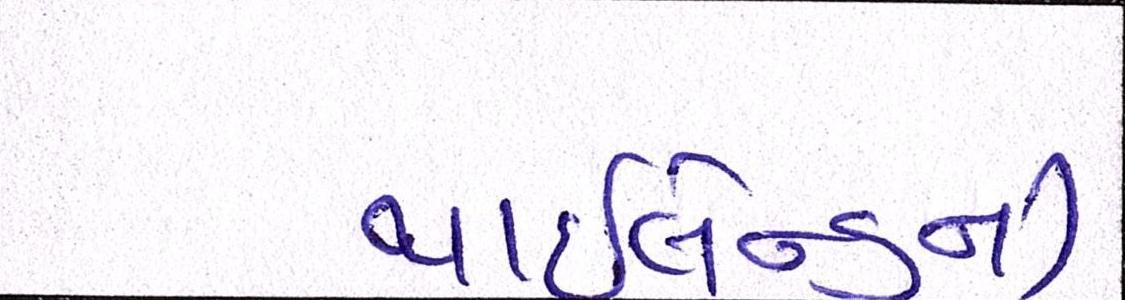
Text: થાઇલેન્ડની